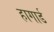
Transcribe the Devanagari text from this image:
हागार्ड